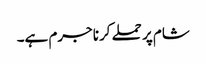
شام پر حملے کرنا جرم ہے۔